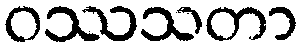
ဝဿသတာ